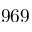
9 6 9